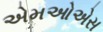
એમઓએસ